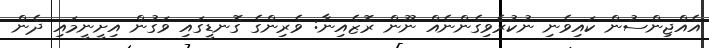
އެއްޖިންސުން ކައިވެނި ނުކުރެވިގެންނެއް ނޫން ރޮޒެއިނާ: ވެރިންގެ ގޮނޑީގައި ވަގުން އިށީނީމައި ދެން